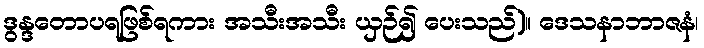
ဒွန္ဒတောပရဖြစ်ရကား အသီးအသီး ယှဉ်၍ ပေးသည်)။ ဒေသနာဘာဇနံ၊